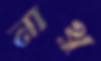
নাথু